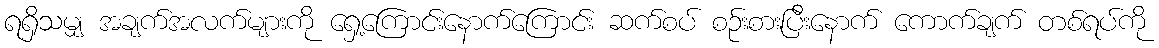
ရရှိသမျှ အချက်အလက်များကို ရှေ့ကြောင်းနောက်ကြောင်း ဆက်စပ် စဉ်းစားပြီးနောက် ကောက်ချက် တစ်ရပ်ကို